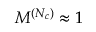
M ^ { ( N _ { c } ) } \approx 1